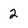
Character: 2